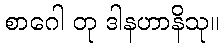
စာဂေါ တု ဒါနဟာနိသု။